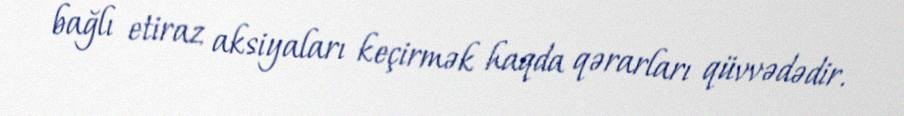
bağlı etiraz aksiyaları keçirmək haqda qərarları qüvvədədir.